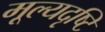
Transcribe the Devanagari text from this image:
मूल्यदृष्टि